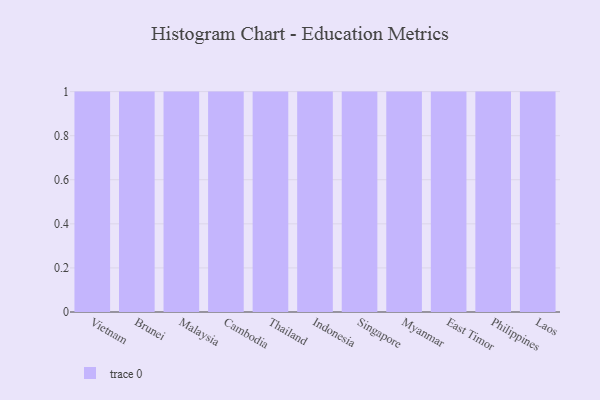
{"axis": {"x": "Country", "y": "Net Income (USD K)"}, "legend": [""], "data": [{"x": "Vietnam", "y": 84, "type": ""}, {"x": "Brunei", "y": 24, "type": ""}, {"x": "Malaysia", "y": 68, "type": ""}, {"x": "Cambodia", "y": 25, "type": ""}, {"x": "Thailand", "y": 80, "type": ""}, {"x": "Indonesia", "y": 83, "type": ""}, {"x": "Singapore", "y": 2, "type": ""}, {"x": "Myanmar", "y": 61, "type": ""}, {"x": "East Timor", "y": 42, "type": ""}, {"x": "Philippines", "y": 64, "type": ""}, {"x": "Laos", "y": 64, "type": ""}]}